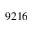
9 2 1 6